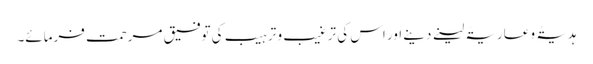
ہدیۃً و عاریۃً لینے دینے اور اس کی ترغیب و ترہیب کی توفیق مرحمت فرمائے۔